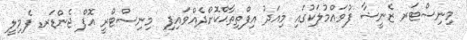
މިނިސްޓަރ ޒެނީޝާ ފުވައްމުލަކުގައި މިއަދު އިފްތިތާޙްކޮށްދެއްވައިފި  މިނިސްޓްރީ އޮފް ޖެންޑަރ